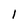
Character: l